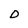
Character: O